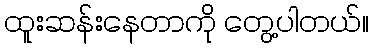
ထူးဆန်းနေတာကို တွေ့ပါတယ်။